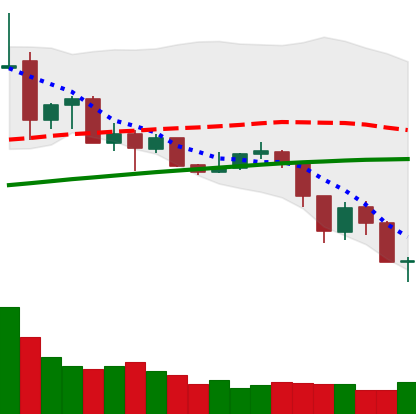
Ticker: ADA-USD
Chart end date: 2019-07-15
Forward return: 5.746%
Label: up_5_7